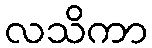
လသိကာ